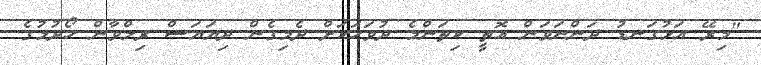
"މިރޭ އަޅުގަނޑު ދަންނަވަން އޮތީ ކިތަންމެ ދުވަހަކަށް ދެމިގެން ދިޔަޔަސް ރިލްވާން ހޯދުމުގެ